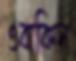
ওবাকিন